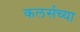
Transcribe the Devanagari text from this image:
कलर्सच्या